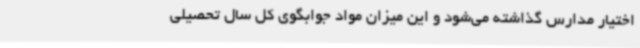
اختیار مدارس گذاشته می‌شود و این میزان مواد جوابگوی کل سال تحصیلی